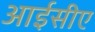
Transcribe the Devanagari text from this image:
आईसीए